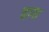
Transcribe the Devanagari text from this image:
चागा